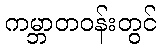
ကမ္ဘာတဝန်းတွင်